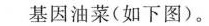
基因油菜(如下图)。